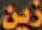
زين